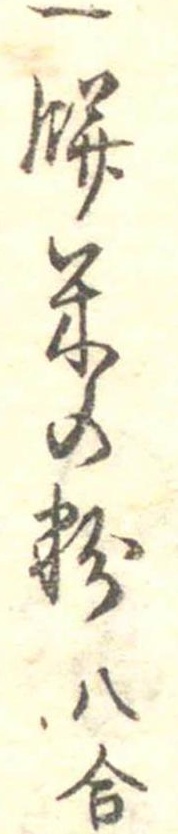
一餅米の粉八合